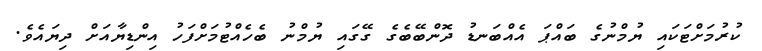
ކުރުމަށްޓަކައި ޔުމްނުގެ ބައްޕަ އެއްބަނޑު ދޮންބޭބެގެ ގޭގައި ޔުމްނު ބެހެއްޓުމަށްފަހު އިންޑިޔާއަށް ދިޔައެވެ.